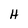
Character: H